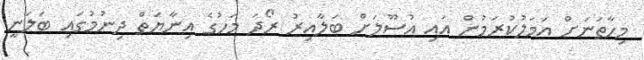
މިހާތަނަށް އަމަލުކުރަމުން އައި އުސޫލަށް ބަލާއިރު ރޯދަ މަހުގެ އިނާޔަތް ދިނުމުގައި ބަލަނީ